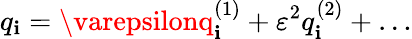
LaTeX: q_{\mathbf{i}}=\varepsilonq_{\mathbf{i}}^{(1)}+\varepsilon^{2}q_{\mathbf{i}}^{(2)}+\dots